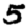
Digit: 5